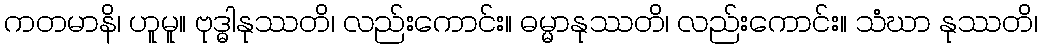
ကတမာနိ၊ ဟူမူ။ ဗုဒ္ဓါနုဿတိ၊ လည်းကောင်း။ ဓမ္မာနုဿတိ၊ လည်းကောင်း။ သံဃာ နုဿတိ၊